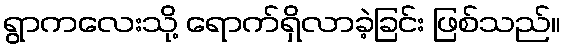
ရွာကလေးသို့ ရောက်ရှိလာခဲ့ခြင်း ဖြစ်သည်။